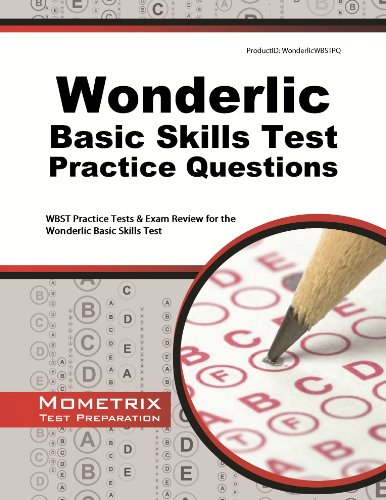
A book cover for Wonderlic Basic Skills Test Practice Questions: WBST Practice Tests & Exam Review for the Wonderlic Basic Skills Test; Wonderlic Exam Secrets Test Prep Team; Test Preparation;